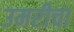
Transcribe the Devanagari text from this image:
उमरीचा